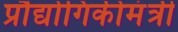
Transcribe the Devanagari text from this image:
प्रौद्योगिकीमंत्री